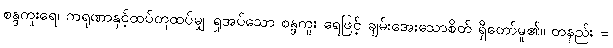
စန္ဒကူးရေ၊ ကရုဏာနှင့်ထပ်တူထပ်မျှ ရှုအပ်သော စန္ဒကူး ရေဖြင့် ချမ်းအေးသောစိတ် ရှိတော်မူ၏။ တနည်း =